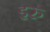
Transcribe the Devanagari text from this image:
इरु